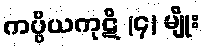
ကပ္ပိယကုဋိ (၄) မျိုး